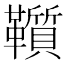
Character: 𩍵